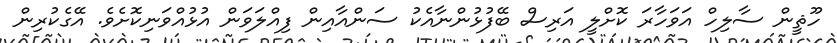
ހޫޘީން ސާލިހް އަވަހާރަ ކޮށްލީ އަރިސް ބޭފުޅުންނާއެކު ސަންއާއިން ފިއްލަވަން އުޅުއްވަނިކޮށެވެ. އޭގެކުރިން